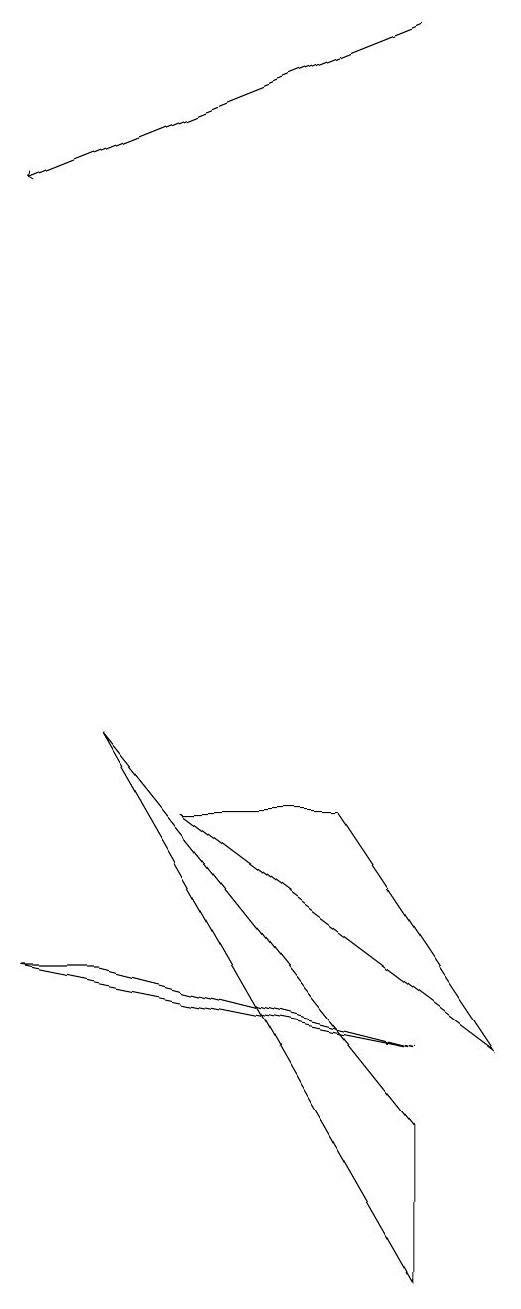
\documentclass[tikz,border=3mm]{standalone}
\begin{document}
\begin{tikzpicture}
\draw (7,5) -- (2,6) -- (3,6) -- cycle;
\draw (4,8) -- (6,8) -- (8,5) -- cycle;
\draw (7,4) -- (7,2) -- (3,9) -- cycle;
\draw[->] (7,18) -- (2,16);
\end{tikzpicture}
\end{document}